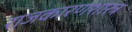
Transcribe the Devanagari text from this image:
राजकारणशास्त्र